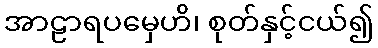
အာဠာရပမှေဟိ၊ စုတ်နှင့်ငယ်၍